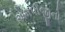
એમપીજીનો